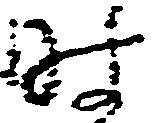
時